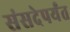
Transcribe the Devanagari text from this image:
संसदेपर्यंत